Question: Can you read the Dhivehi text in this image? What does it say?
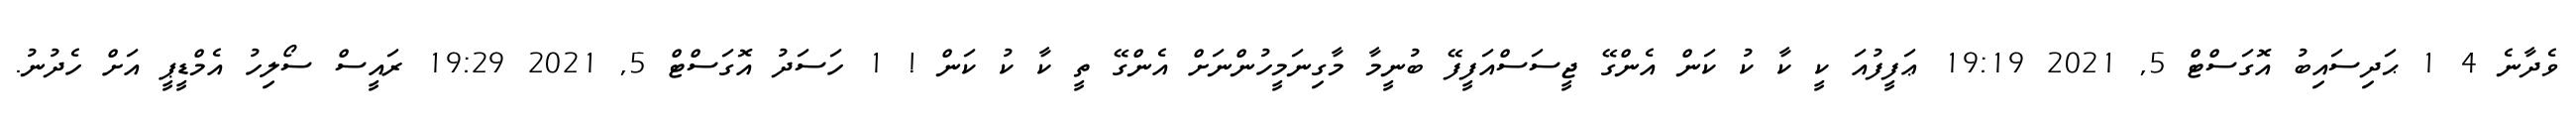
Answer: ވެދާނެ 4 1 ޙަދިސައިބު އޮގަސްޓް 5, 2021 19:19 ޢަފީފުއަ ކީ ކާ ކު ކަން އެންގޭ ޖީސަސްއަފީފޭ ބުނީމާ މާގިނަމީހުންނަށް އެންގޭ ތީ ކާ ކު ކަން ! 1 ހަސަދު އޮގަސްޓް 5, 2021 19:29 ރައީސް ސޯލިހު އެމްޑީޕީ އަށް ހެދުނު.